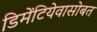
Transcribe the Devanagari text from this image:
डिमेंटियेवासोबत